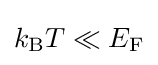
k_{\rm {B}}T\ll E_{\rm {F}}